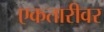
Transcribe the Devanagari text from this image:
एकतारीवर